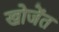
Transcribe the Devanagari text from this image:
खोजेंत